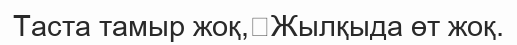
Таста тамыр жоқ,	Жылқыда өт жоқ.